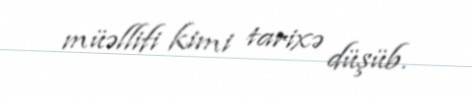
müəllifi kimi tarixə düşüb.